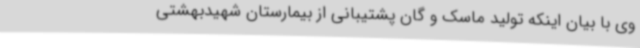
وی با بیان اینکه تولید ماسک و گان پشتیبانی از بیمارستان شهیدبهشتی